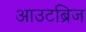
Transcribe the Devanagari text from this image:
आउटब्रिज